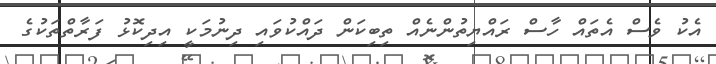
އެކު ވެސް އެތައް ހާސް ރައްޔިތުންނެއް ތިބިކަން ދައްކުވައި ދިނުމަކީ އިދިކޮޅު ފަރާތްތަކުގެ